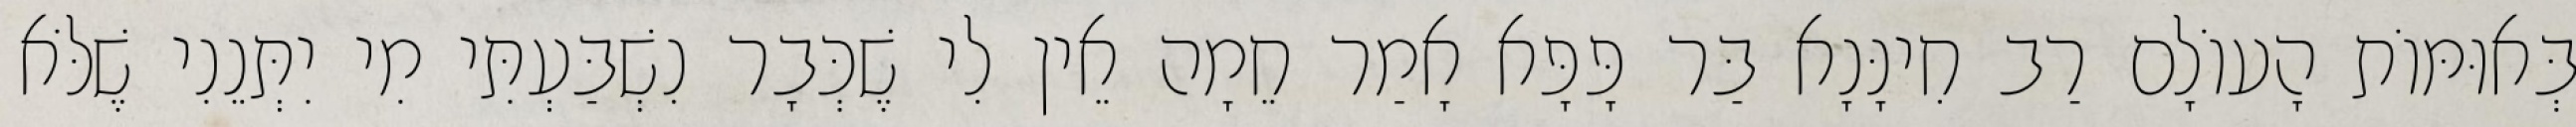
בְּאוּמּוֹת הָעוֹלָם רַב חִינָּנָא בַּר פָּפָּא אָמַר חֵמָה אֵין לִי שֶׁכְּבָר נִשְׁבַּעְתִּי מִי יִתְּנֵנִי שֶׁלֹּא